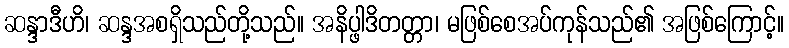
ဆန္ဒာဒီဟိ၊ ဆန္ဒအစရှိသည်တို့သည်။ အနိပ္ဖါဒိတတ္တာ၊ မဖြစ်စေအပ်ကုန်သည်၏ အဖြစ်ကြောင့်။